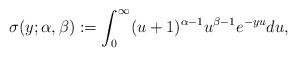
LaTeX: \begin{align*}\sigma(y;\alpha,\beta):=\int_{0}^{\infty}(u+1)^{\alpha-1}u^{\beta-1}e^{-yu}du,\end{align*}